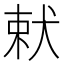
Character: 𭸋